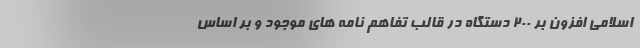
اسلامی افزون بر ۲۰۰ دستگاه در قالب تفاهم نامه های موجود و بر اساس